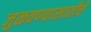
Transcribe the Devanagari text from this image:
जुळवण्यासाठीचे